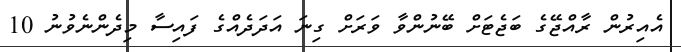
އެއިރުން ރާއްޖޭގެ ބަޖެޓަށް ބޭނުންވާ ވަރަށް ގިނަ އަދަދެއްގެ ފައިސާ މިދެންނެވުނު 10